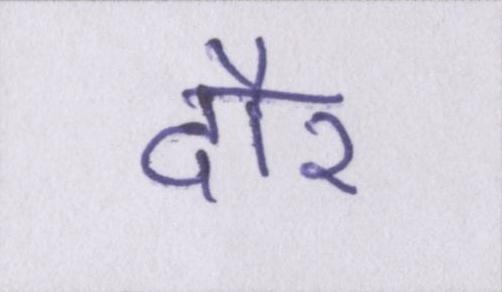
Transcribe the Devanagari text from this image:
दौर